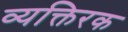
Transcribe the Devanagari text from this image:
व्यक्तिरक